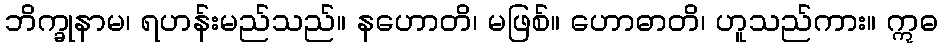
ဘိက္ခုနာမ၊ ရဟန်းမည်သည်။ နဟောတိ၊ မဖြစ်။ ဟောဓာတိ၊ ဟူသည်ကား။ ဣဓ